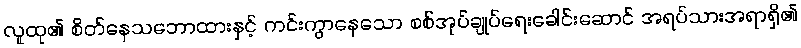
လူထု၏ စိတ်နေသဘောထားနှင့် ကင်းကွာနေသော စစ်အုပ်ချုပ်ရေးခေါင်းဆောင် အရပ်သားအရာရှိ၏